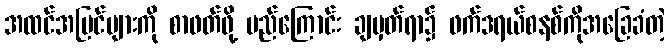
အထင်အမြင်များကို စာဖတ်ဖို့ မည်ကြောင်း ချမှတ်ရာ၌ ဖက်ဒရယ်စနစ်ကိုအခြေခံတဲ့